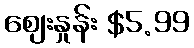
စျေးနှုန်း $5.99